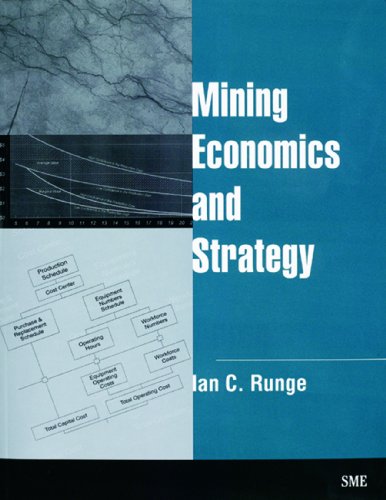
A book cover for Mining Economics and Strategy; Ian C. Runge; Business & Money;